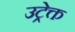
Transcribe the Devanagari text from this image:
उट्रेक्त